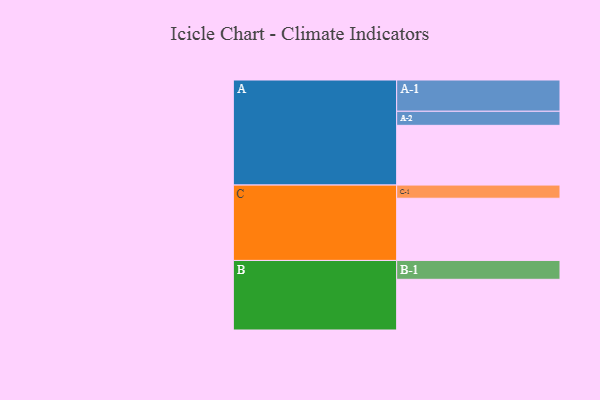
{"axis": {"x": "Segment", "y": "Value"}, "legend": ["", "A", "B", "C"], "data": [{"x": "A", "y": 535, "type": ""}, {"x": "B", "y": 454, "type": ""}, {"x": "C", "y": 557, "type": ""}, {"x": "A-1", "y": 280, "type": "A"}, {"x": "A-2", "y": 126, "type": "A"}, {"x": "B-1", "y": 169, "type": "B"}, {"x": "C-1", "y": 118, "type": "C"}]}